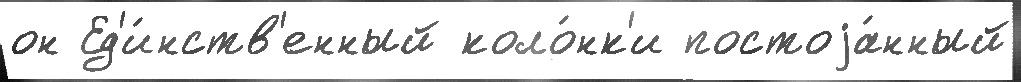
он Ед'и́нств'енный коло́нк'и постоjа́нный